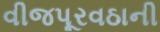
વીજપૂરવઠાની